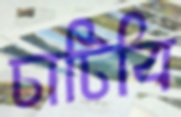
চাটিবি